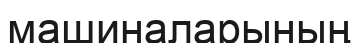
машиналарының